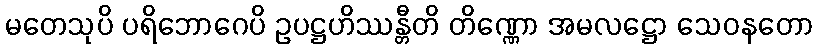
မတေသုပိ ပရိဘောဂေပိ ဥပဋ္ဌဟိဿန္တီတိ တိဏ္ဏော အမလဋ္ဌော သေဝနတော